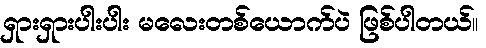
ရှားရှားပါးပါး မလေးတစ်ယောက်ပဲ ဖြစ်ပါတယ်။